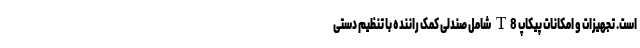
است. تجهیزات و امکانات پیکاپ T8 شامل صندلی کمک راننده با تنظیم دستی